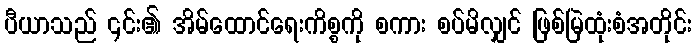
ပီယာသည် ၎င်း၏ အိမ်ထောင်ရေးကိစ္စကို စကား စပ်မိလျှင် ဖြစ်မြဲထုံးစံအတိုင်း